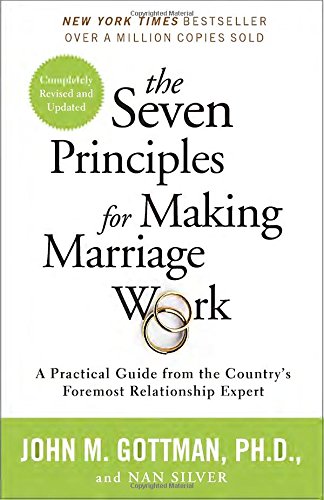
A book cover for The Seven Principles for Making Marriage Work: A Practical Guide from the Country's Foremost Relationship Expert; John Gottman Ph.D.; Parenting & Relationships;